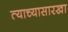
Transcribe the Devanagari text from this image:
त्याच्यासारखा